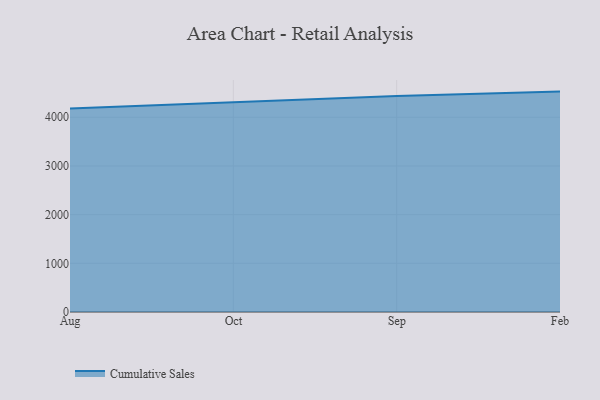
{"axis": {"x": "Month", "y": "Operating Costs (USD K)"}, "legend": ["Cumulative Sales"], "data": [{"x": "Aug", "y": 4181.2, "type": "Cumulative Sales"}, {"x": "Oct", "y": 4314.4, "type": "Cumulative Sales"}, {"x": "Sep", "y": 4437.3, "type": "Cumulative Sales"}, {"x": "Feb", "y": 4526.9, "type": "Cumulative Sales"}]}